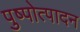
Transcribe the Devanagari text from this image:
पुष्पोत्पादन